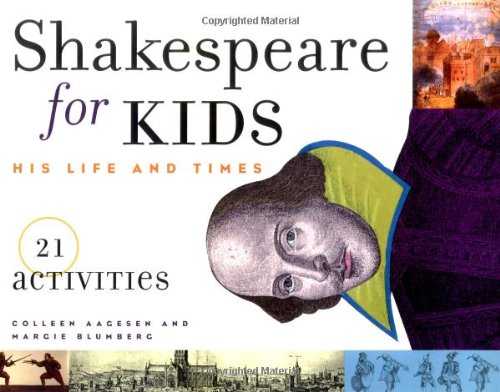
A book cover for Shakespeare for Kids: His Life and Times, 21 Activities (For Kids series); Colleen Aagesen; Children's Books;